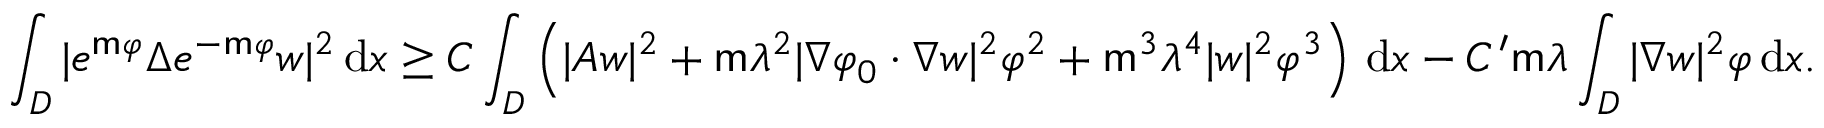
\int _ { { D } } | e ^ { \mathsf { m } \varphi } \Delta e ^ { - \mathsf { m } \varphi } w | ^ { 2 } \, \mathrm { d } x \geq C \int _ { { D } } \left( | A w | ^ { 2 } + \mathsf { m } \lambda ^ { 2 } | \nabla \varphi _ { 0 } \cdot \nabla w | ^ { 2 } \varphi ^ { 2 } + \mathsf { m } ^ { 3 } \lambda ^ { 4 } | w | ^ { 2 } \varphi ^ { 3 } \right) \, \mathrm { d } x - C ^ { \prime } \mathsf { m } \lambda \int _ { D } | \nabla w | ^ { 2 } \varphi \, \mathrm { d } x .